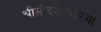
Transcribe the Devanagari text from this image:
श्रीसौंदर्यमनोरमा